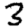
Digit: 3